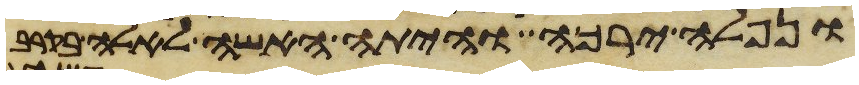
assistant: ונפלה ירכה והיתה האשה לאלה